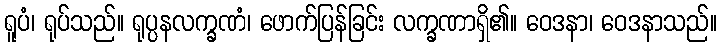
ရူပံ၊ ရုပ်သည်။ ရုပ္ပနလက္ခဏံ၊ ဖောက်ပြန်ခြင်း လက္ခဏာရှိ၏။ ဝေဒနာ၊ ဝေဒနာသည်။